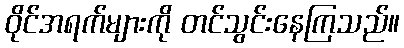
ဝိုင်အရက်များကို တင်သွင်းနေကြသည်။